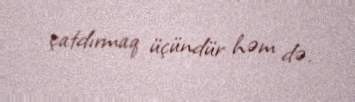
çatdırmaq üçündür həm də.